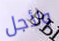
ولأجل